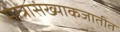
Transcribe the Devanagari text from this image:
मात्रासंख्याकजातीत